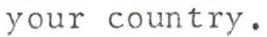
your country.